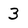
Character: 3